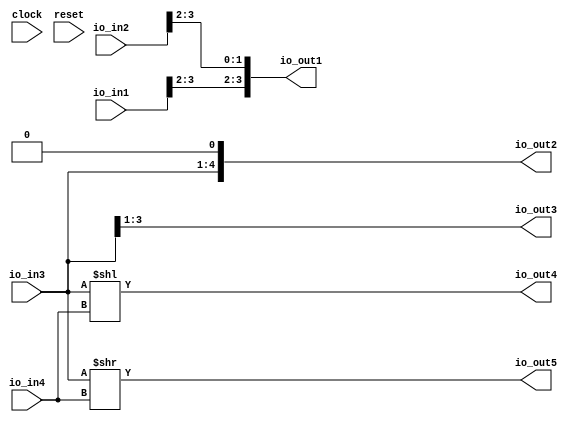
module shifts(
  input        clock,
  input        reset,
  input  [3:0] io_in1,
  input  [3:0] io_in2,
  input  [3:0] io_in3,
  input        io_in4,
  output [3:0] io_out1,
  output [4:0] io_out2,
  output [2:0] io_out3,
  output [4:0] io_out4,
  output [3:0] io_out5
);
  wire [4:0] _GEN_0 = {{1'd0}, io_in3};
  assign io_out1 = {io_in1[3:2],io_in2[3:2]};
  assign io_out2 = {io_in3, 1'h0};
  assign io_out3 = io_in3[3:1];
  assign io_out4 = _GEN_0 << io_in4;
  assign io_out5 = io_in3 >> io_in4;
endmodule